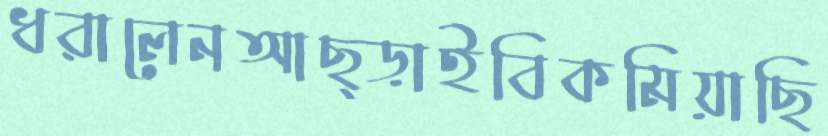
ধরালেনআছ্‌ড়াইবিকমিয়াছি